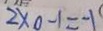
2 \times 0 - 1 = - 1